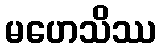
မဟေသိဿ